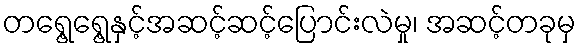
တရွေ့ရွေ့နှင့်အဆင့်ဆင့်ပြောင်းလဲမှု၊ အဆင့်တခုမှ